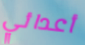
أعدائي